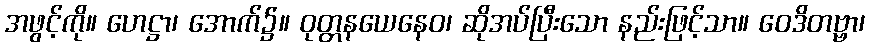
အဖွင့်ကို။ ဟေဋ္ဌာ၊ အောက်၌။ ဝုတ္တနယေနေဝ၊ ဆိုအပ်ပြီးသော နည်းဖြင့်သာ။ ဝေဒိတဗ္ဗာ၊